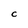
Character: C